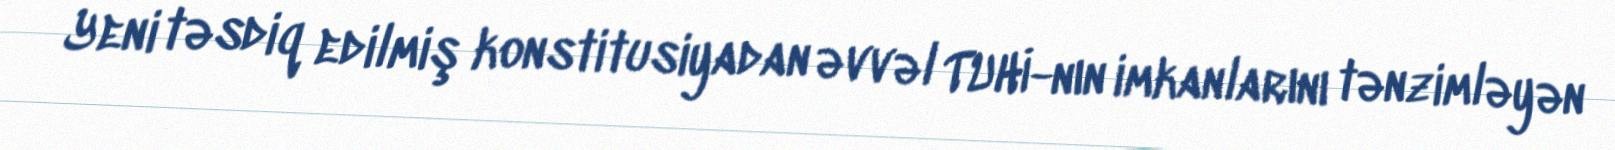
Yeni təsdiq edilmiş konstitusiyadan əvvəl TUHİ-nın imkanlarını tənzimləyən